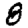
Digit: 8